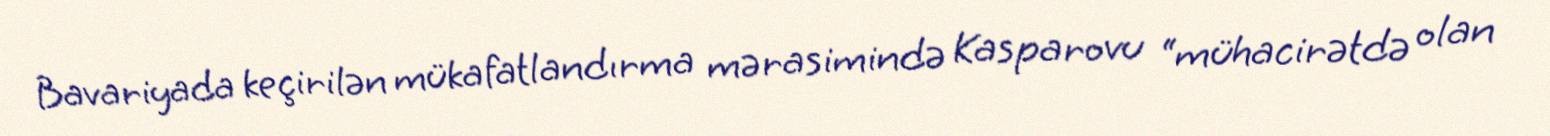
Bavariyada keçirilən mükafatlandırma mərasimində Kasparovu “mühacirətdə olan